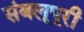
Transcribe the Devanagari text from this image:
संबलूपूरी